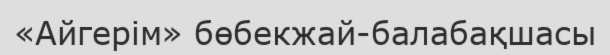
«Айгерім» бөбекжай-балабақшасы